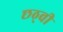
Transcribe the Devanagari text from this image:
छठ्वी